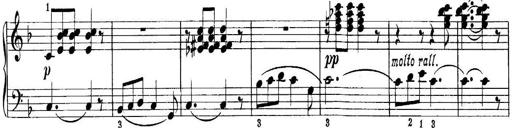
Title: Quatres sonatines
Composer: Tadeusz Joteyko